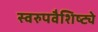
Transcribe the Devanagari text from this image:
स्वरुपवैशिष्ट्ये